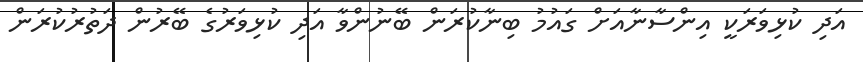
އަދި ކުޅިވަރަކީ އިންސާނާއަށް ގައުމު ބިނާކުރަން ބޭނުންވާ އަދި ކުޅިވަރުގެ ބޭރުން ދަތުރުކުރަން